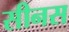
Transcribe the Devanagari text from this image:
सीनस